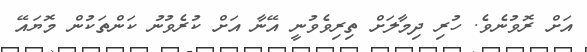
އަށް ރޮވުނެވެ. ހުރި ދިމާލަށް ތިރިވެވުނީ އޭނާ އަށް ކުރެވުނު ކަންތަކުން މޮޔައޭ